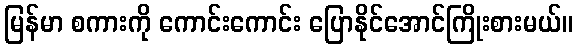
မြန်မာ စကားကို ကောင်းကောင်း ပြောနိုင်အောင်ကြိုးစားမယ်။